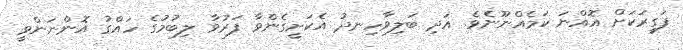
ފަގީރަކަށް އޮއްނަ ކަމެއްނޫނެވެ. އަދި ބަލިވާހިނދު އެކަށީގެންވާ ފަރުވާ ލިބުމުގެ ހައްގު އޮންނަންވީ